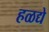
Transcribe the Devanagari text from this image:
हळद्ये